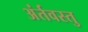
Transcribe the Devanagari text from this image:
अंर्तवस्तु